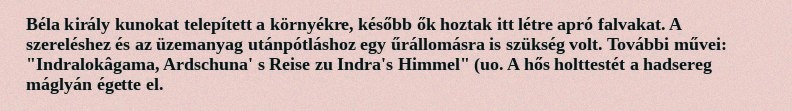
Béla király kunokat telepített a környékre, később ők hoztak itt létre apró falvakat. A szereléshez és az üzemanyag utánpótláshoz egy űrállomásra is szükség volt. További művei: "Indralokâgama, Ardschuna' s Reise zu Indra's Himmel" (uo. A hős holttestét a hadsereg máglyán égette el.